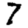
Digit: 7